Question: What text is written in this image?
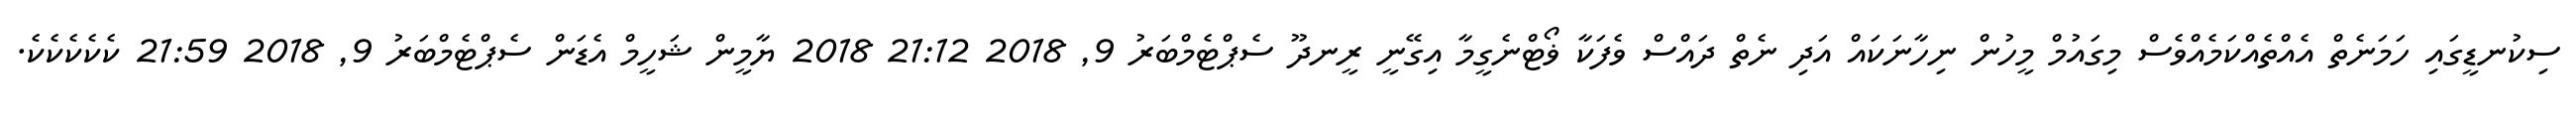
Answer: ސިކުނޑީގައި ހަމަނެތް އެއްތެއްކަމެއްވެސް މިގައުމް މީހުން ނިހާނަކައް އަދި ނެތް ދައްސް ވެފަކާ ޥޯޓްނެގީމާ އިގޭނީ ރީނދޫ ސެޕްޓެމްބަރު 9, 2018 21:12 2018 ޔާމީން ޝަހީމް އެޑަން ސެޕްޓެމްބަރު 9, 2018 21:59 ކެކެކެކެކެ.